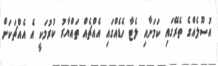
އުސޫލެއްގެ ތެރޭގައި ކަމަށާއި ލެޓާ ހެޑެއްގައި އެއްޗެއް ތައްޔާރު ކުރުމަކީ އެ އެއްޗަކަށް